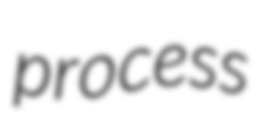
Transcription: process